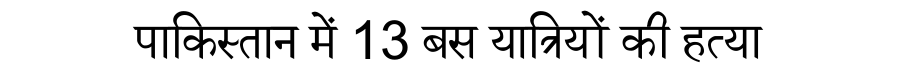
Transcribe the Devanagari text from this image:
पाकिस्तान में 13 बस यात्रियों की हत्या